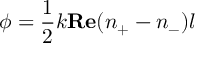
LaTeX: \phi = \frac { 1 } { 2 } k { \bf R e } ( n _ { + } - n _ { - } ) l